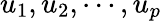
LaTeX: u_{1},u_{2},\cdots,u_{p}